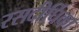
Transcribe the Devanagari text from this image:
रसदीर्घिका